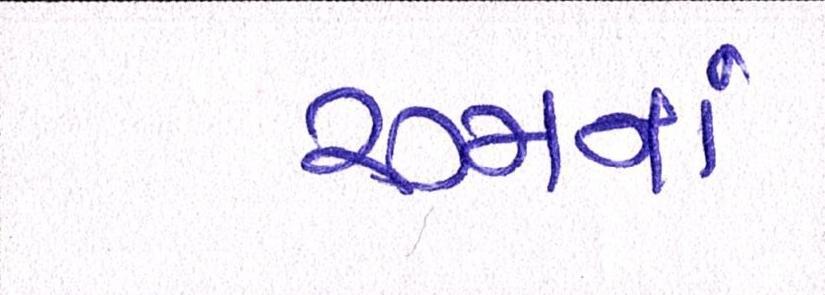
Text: રૂમનાં